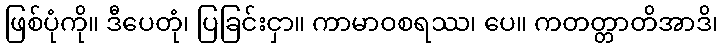
ဖြစ်ပုံကို။ ဒီပေတုံ၊ ပြခြင်းငှာ။ ကာမာဝစရဿ၊ ပေ။ ကတတ္တာတိအာဒိ၊